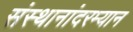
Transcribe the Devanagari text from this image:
संस्थानांदरम्यान